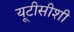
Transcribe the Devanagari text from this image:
यूटीसीशी